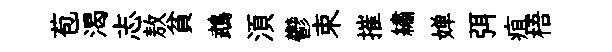
苞渴志敖貧鵡湏鬱束摧繡婵弭疽梧